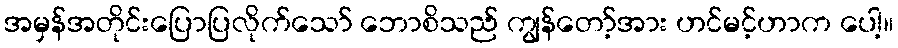
အမှန်အတိုင်းပြောပြလိုက်သော် ဘောစိသည် ကျွန်တော့်အား ဟင်မင့်ဟာက ပေါ့။